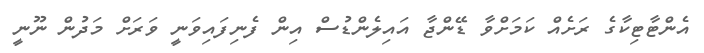
އެންޓާޓިކާގެ ރަށެއް ކަމަށްވާ ޑޭންޖާ އައިލެންޑުސް އިން ފެނިފައިވަނީ ވަރަށް މަދުން ނޫނީ